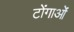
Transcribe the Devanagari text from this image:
टोंगाओं